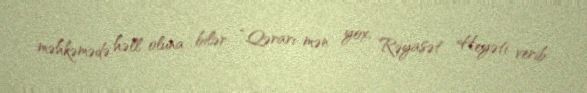
məhkəmədə həll oluna bilər: “Qərarı mən yox, Rəyasət Heyəti verib.